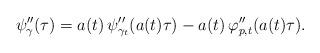
LaTeX: \begin{align*}\psi''_{\gamma}(\tau)=a(t)\, \psi''_{\gamma_t}(a(t)\tau)-a(t)\,\varphi''_{p,t}(a(t)\tau).\end{align*}